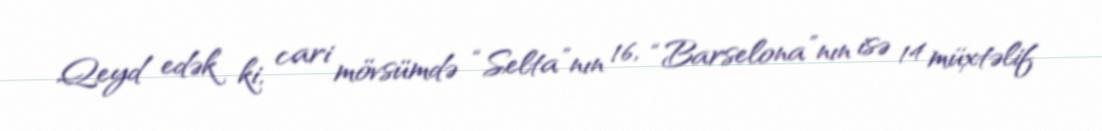
Qeyd edək ki, cari mövsümdə “Selta”nın 16, “Barselona”nın isə 14 müxtəlif